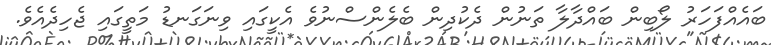
ބައެއްފަހަރު ލޯބިން ބައްދާލާ ތަނުން ދެކުދިން ބެލެންސްނުވެ އެކީގައި ވިނަގަނޑު މަތީގައި ޖެހިދެއެވެ.